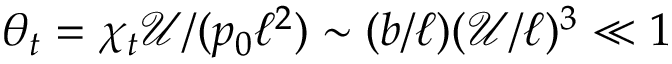
\theta _ { t } = \chi _ { t } \mathcal { U } / ( p _ { 0 } \ell ^ { 2 } ) \sim ( b / \ell ) ( \mathcal { U } / \ell ) ^ { 3 } \ll 1